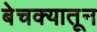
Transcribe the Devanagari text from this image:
बेचक्‍यातून